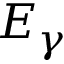
E _ { \gamma }